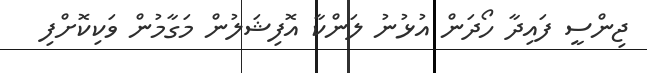
ޖިންސީ ފައިދާ ހޯދަން އުޅުނު ލަންކާ އޮފިޝަލުން މަގާމުން ވަކިކޮށްފި